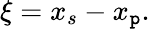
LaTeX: \xi=x_{s}-x_{\mathtt{p}}.